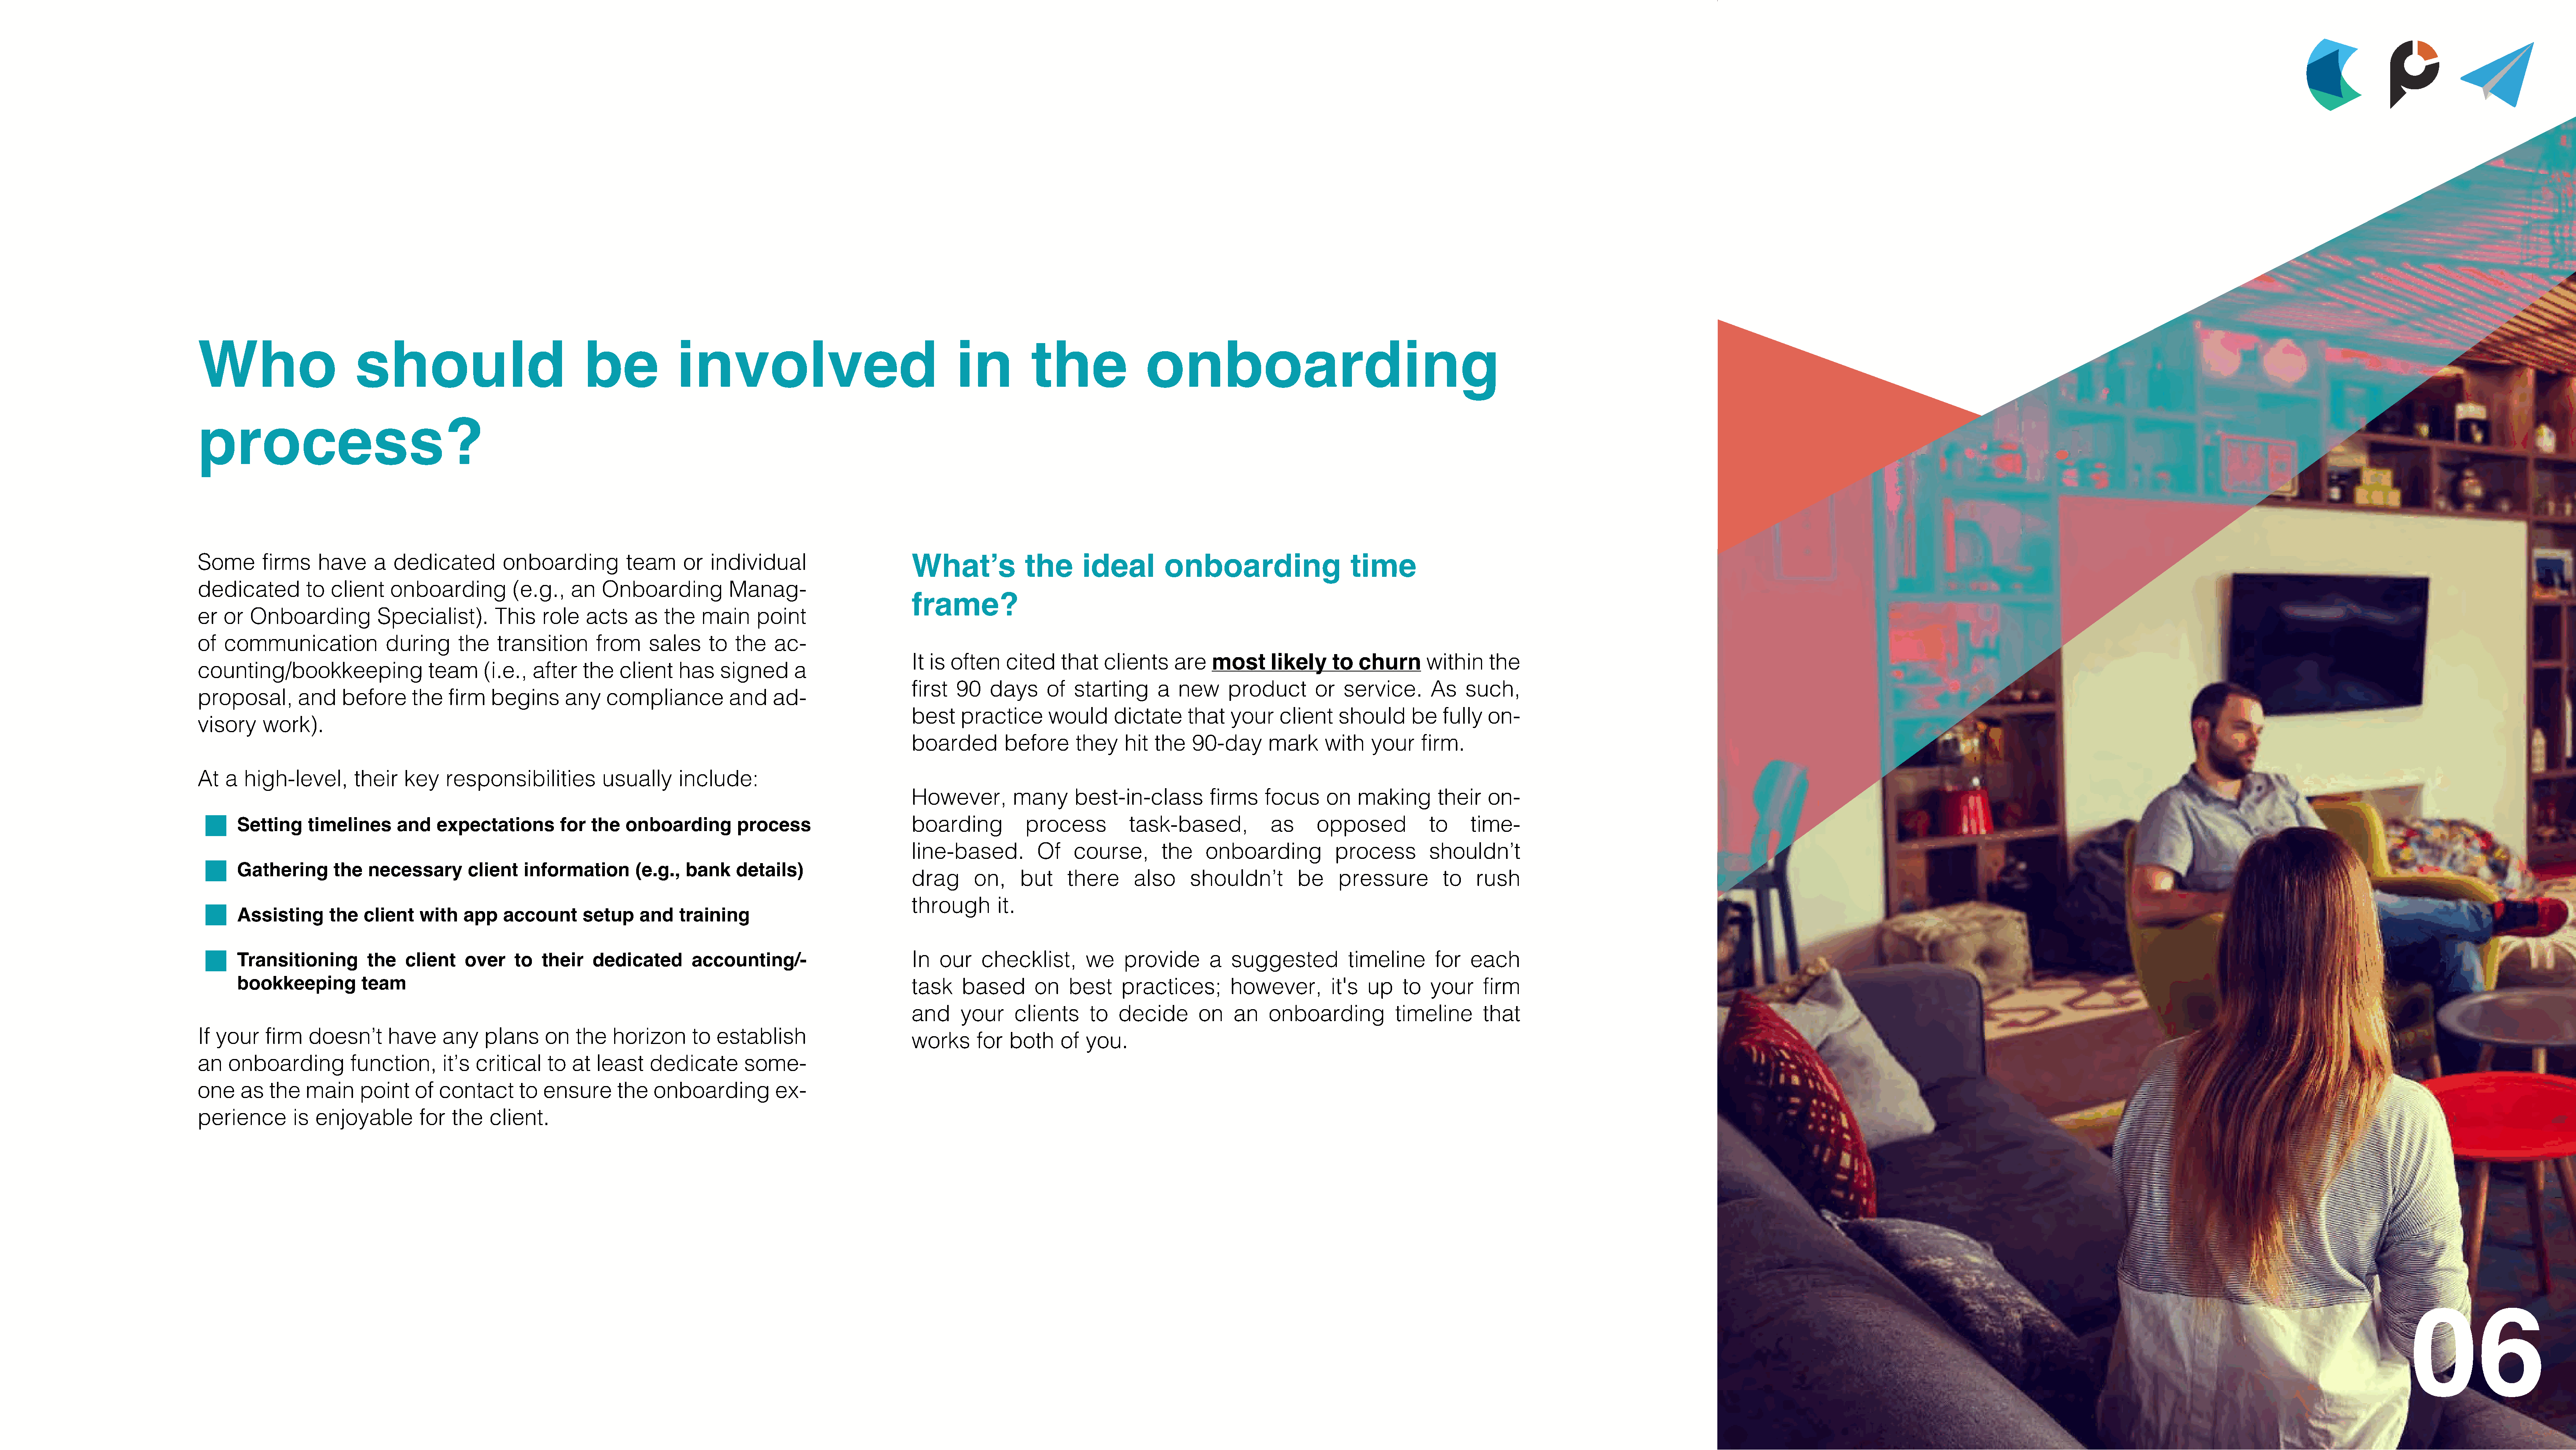
Who                        should                                 be              involved                                        in           the                onboarding
 process?
 Some       firms    have      a  dedicated          onboarding           team      or   individual                        What’s              the      ideal          onboarding                     time
 dedicated         to   client    onboarding           (e.g.,    an   Onboarding            Manag-
 frame?
 er  or   Onboarding            Specialist).        This    role   acts     as   the   main      point
 of  communication               during       the   transition       from     sales     to   the    ac-
 It is  often    cited     that   clients     are    most      likely    to   churn      within     the
 counting/bookkeeping                   team      (i.e.,  after    the   client    has    signed       a
 first   90    days     of   starting      a   new     product        or   service.       As    such,
 proposal,        and     before      the   firm   begins       any    compliance           and    ad-
 best     practice       would      dictate      that   your    client    should       be   fully   on-
 visory     work).
 boarded         before      they     hit  the   90-day       mark      with    your     firm.
 At   a  high-level,        their   key    responsibilities           usually      include:
 However,          many      best-in-class          firms     focus     on    making       their    on-
 Setting     timelines      and    expectations         for  the   onboarding         process                       boarding            process           task-based,             as      opposed            to     time-
 line-based.           Of    course,        the     onboarding            process         shouldn’t
 Gathering       the   necessary        client    information        (e.g.,   bank    details)
 drag       on,     but     there      also      shouldn’t         be     pressure          to    rush
 through        it.
 Assisting      the   client    with   app    account       setup     and   training
 Transitioning         the   client     over    to   their    dedicated        accounting/-                         In   our    checklist,        we     provide       a   suggested           timeline       for   each
 bookkeeping          team                                                                                          task     based       on    best     practices;         however,         it's  up    to   your     firm
 and      your     clients      to   decide       on    an    onboarding            timeline       that
 If your    firm    doesn’t      have      any    plans     on    the   horizon       to  establish
 works      for   both     of  you.
 an   onboarding           function,       it’s critical     to  at  least    dedicate         some-
 one    as   the   main      point    of  contact       to  ensure       the   onboarding           ex-
 perience        is  enjoyable         for  the    client.
 06